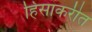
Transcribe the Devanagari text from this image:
हिंसाकरीत